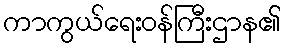
ကာကွယ်ရေးဝန်ကြီးဌာန၏